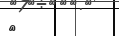
٩